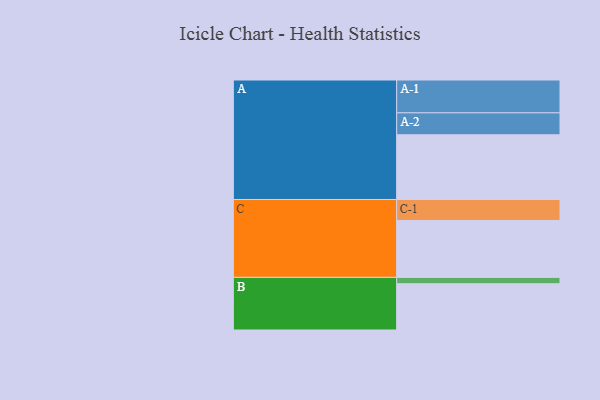
{"axis": {"x": "Segment", "y": "Value"}, "legend": ["", "A", "B", "C"], "data": [{"x": "A", "y": 540, "type": ""}, {"x": "B", "y": 386, "type": ""}, {"x": "C", "y": 475, "type": ""}, {"x": "A-1", "y": 274, "type": "A"}, {"x": "A-2", "y": 183, "type": "A"}, {"x": "B-1", "y": 53, "type": "B"}, {"x": "C-1", "y": 175, "type": "C"}]}